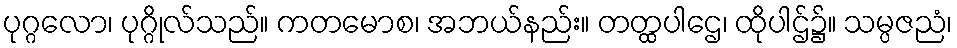
ပုဂ္ဂလော၊ ပုဂ္ဂိုလ်သည်။ ကတမောစ၊ အဘယ်နည်း။ တတ္ထပါဌေ၊ ထိုပါဌ်၌။ သမ္ပဇညံ၊